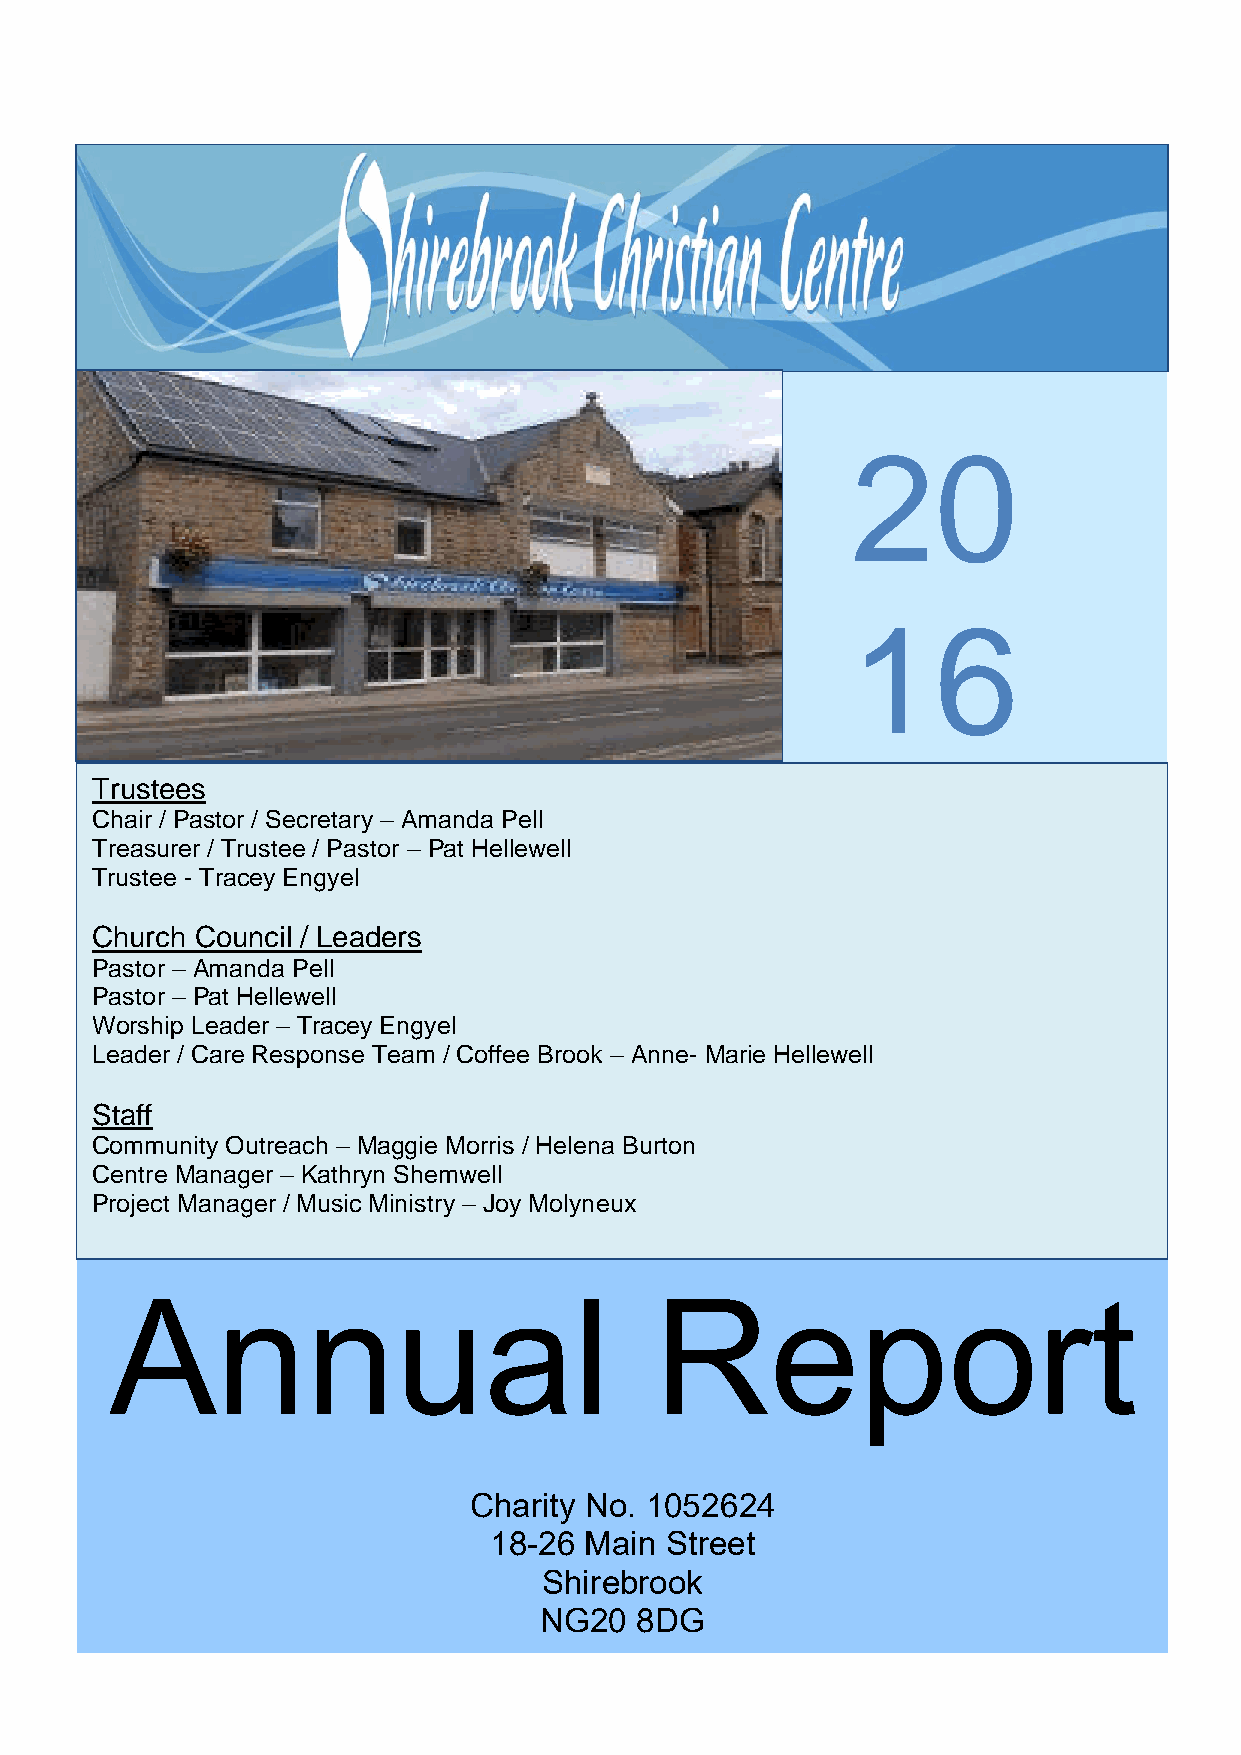
20
 16
 Trustees
 Chair / Pastor / Secretary – Amanda Pell
 Treasurer / Trustee / Pastor – Pat Hellewell
 Trustee - Tracey Engyel
 Church Council / Leaders
 Pastor – Amanda Pell
 Pastor – Pat Hellewell
 Worship Leader – Tracey Engyel
 Leader / Care Response Team / Coffee Brook – Anne- Marie Hellewell
 Staff
 Community Outreach – Maggie Morris / Helena Burton
 Centre Manager – Kathryn Shemwell
 Project Manager / Music Ministry – Joy Molyneux
 A      nnual                        Report
 Charity No. 1052624
 18-26  Main Street
 Shirebrook
 NG20  8DG